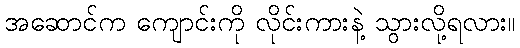
အဆောင်က ကျောင်းကို လိုင်းကားနဲ့ သွားလို့ရလား။